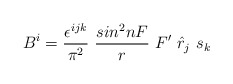
\begin{align*}B^i=\frac{\epsilon^{ijk}}{\pi^2}~\frac{sin^2nF}{r}~F'~{\hat{r}}_j~s_k\end{align*}